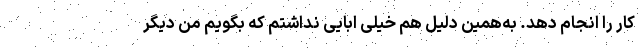
کار را انجام دهد. به‌همین دلیل هم خیلی ابایی نداشتم که بگویم من دیگر